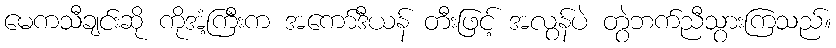
မေကသီချင်းဆို ကိုအံ့ကြီးက အကော်ဒီယန် တီးဖြင့် အလွန်ပဲ တွဲဘက်ညီသွားကြသည်။